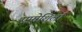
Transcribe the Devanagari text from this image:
एम्मेशिर्ला